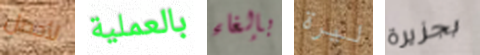
لأحصل بالعملية بإلغاء ليرة بجزيرة